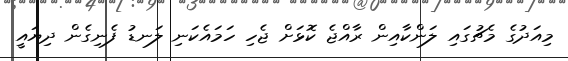
މިއަދުގެ މެޗުގައި ލަންކާއިން ރާއްޖެ ކޮޅަށް ޖެހި ހަމައެކަނި ލަނޑު ފެނިގެން ދިޔައީ